Vaccination report Assam 1896-1927 - 1896-1927
Year: 1896
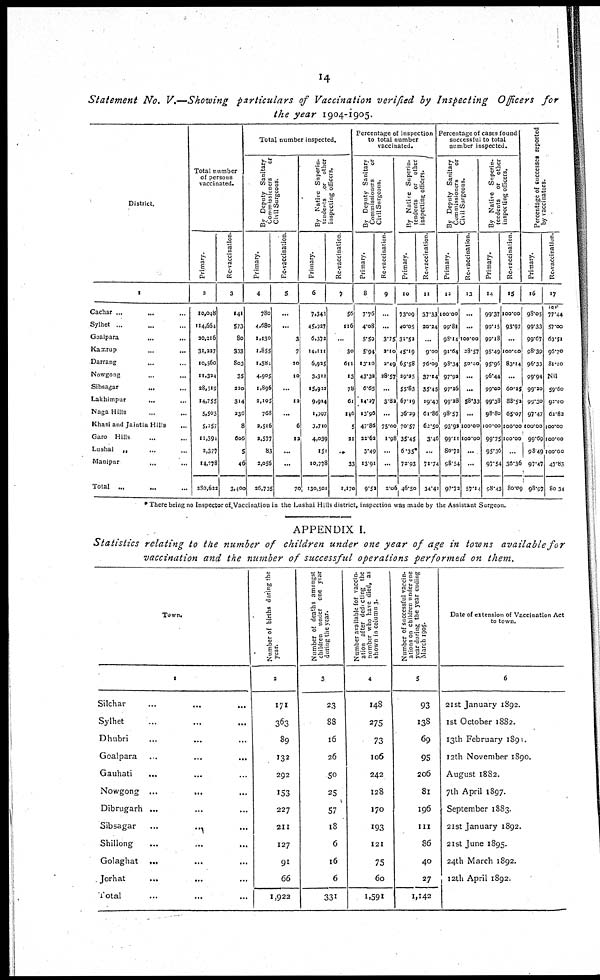
14
Statement No. V.—Showing particulars of Vaccination verified by Inspecting Officers for
the year 1904-1905.
District.
1
Cachar...
...
...
Sylhet... ...
Goalpara...
...
...
Kamrup...
...
Darrang...
...
Nowgong...
...
Sibsagar...
...
Lakhimpur...
...
Naga Hills... ...
Khasi and Jaintia Hills...
Garo Hills... ...
Lushai
„
...
...
Manipur... ...
Total... ... ...
Total number
of persons
vaccinated.
Primary.
2
10,048
114,664
30,216
31,227
10,560
11,324
38,519
14,755
5,503
5,257
11,394
2,377
14,778
330,622
Re-vaccination.
3
141
573
80
333
803
35
220
314
236
8
606
5
46
3,400
Total number inspected.
By Deputy Sanitary
Commissioners
or
Civil Surgeons.
Primary.
4
780
4,680
1,130
1,855
1,384
4,905
1,896
2,105
768
2,516
2,577
83
2,056
26,735
Re-vaccination.
5
...
...
3
7
30
10
...
12
...
6
12
...
...
70
By Native Superin-
tendents or other
inspecting officers.
Primary.
6
7,343
45,927
6,372
14,111
6,925
3,313
15,922
9,914
1,997
3,710
4,039
151
10,778
130,501
Re-vaccination.
7
56
116
...
30
611
13
78
61
146
1
21
..
33
1,170
Percentage of inspection
to total number
vaccinated.
By Deputy Sanitary
Commissioners
or
Civil Surgeons.
Primary.
8
7.76
4.08
5.59
5.94
13.10
43.32
6.65
14.27
13.96
47.86
22.62
3.49
13.91
9.52
Re-vaccination.
9
...
...
3.75
2.10
2.49
28.57
...
3.82
...
75.00
1.98
...
...
2.06
By Native Superin-
tendents or other
inspection officers.
Primary.
10
73.09
40.05
31.53
45.19
65.58
29.25
55.83
67.19
36.29
70.57
35.45
6.35
72.93
46.50
Re-vaccination.
11
37.33
20.24
...
9.00
76.09
37.14
35.45
19.43
61.86
61.50
3.46
...
71.74
34.41
Percentage of cases found
successful to total
number inspected.
By Deputy Sanitary
Commissioners
or
Civil Surgeons.
Primary.
12
100.00
99.81
98.14
91.64
98.34
97.92
97.26
99.28
98.57
93.92
99.11
80.72
98.54
97.72
Re-vaccination.
13
...
...
100.00
28.57
50.00
...
...
58.33
...
100.00
100.00
...
...
57.14
By Native Superin-
tendents or other
inspecting officers.
Primary.
14
99.37
99.15
99.18
95.49
95.96
96.44
99.00
99.38
98.80
100.00
99.75
95.36
97.54
98.43
Re-vaccination.
15
100.00
93.97
...
100.00
83.14
...
60.35
88.53
65.07
100.00
100.00
...
36.36
80.09
Percentage of successes reported
by vaccinators.
Primary.
16
98.05
99.33
99.67
98.39
96.33
99.94
99.30
99.30
97.47
100.00
99.69
98.49
97.47
98.97
Re-vaccination.
17
77.44
57.00
63.51
36.70
81.10
Nil
59.60
95.00
62.83
100.00
100.00
100.00
47.83
80.34
* There being no Inspector of, Vaccination in the Lushai Hills district, inspection was made by the Assistant Surgeon.
APPENDIX I.
Statistics relating to the number of children under one year of age in towns available for
vaccination and the number of successful operations performed on them.
Town.
1
Silchar... ... ...
Sylhet... ...
Dhubri... ...
Goalpara...
...
...
Gauhati... ... ...
Nowgong...
...
...
Dibrugarh ...
Sibsagar...
...
Shillong... ...
Golaghat ...
Jorhat...
...
Total... ...
Number of births during the
year.
2
171
363
89
132
292
153
227
211
127
91
66
1,922
Number of deaths amongst
children under one year
during the year.
3
23
88
16
26
50
25
57
18
6
16
6
331
Number available for vaccin.
ation after deducting the
number who have died, as
shown in column 3.
4
148
275
73
106
242
128
170
193
121
75
60
1,591
Number of successful vaccin.
ations on children under one
year during the year ending
March 1905.
5
93
138
69
95
206
81
196
111
86
40
27
1,142
Date of extension of Vaccination Act
to town.
6
21st January 1892.
1st October 1882.
13th February 1891.
12th November 1890.
August 1882.
7th April 1897.
September 1883.
21st January 1892.
21st June 1895.
24th March 1892.
12th April 1892.